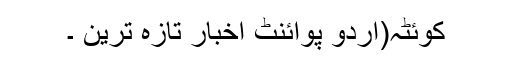
کوئٹہ(اُردو پوائنٹ اخبار تازہ ترین ۔